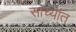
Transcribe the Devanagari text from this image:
साच्यांत